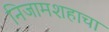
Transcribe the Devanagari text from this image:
निजामशहाचा